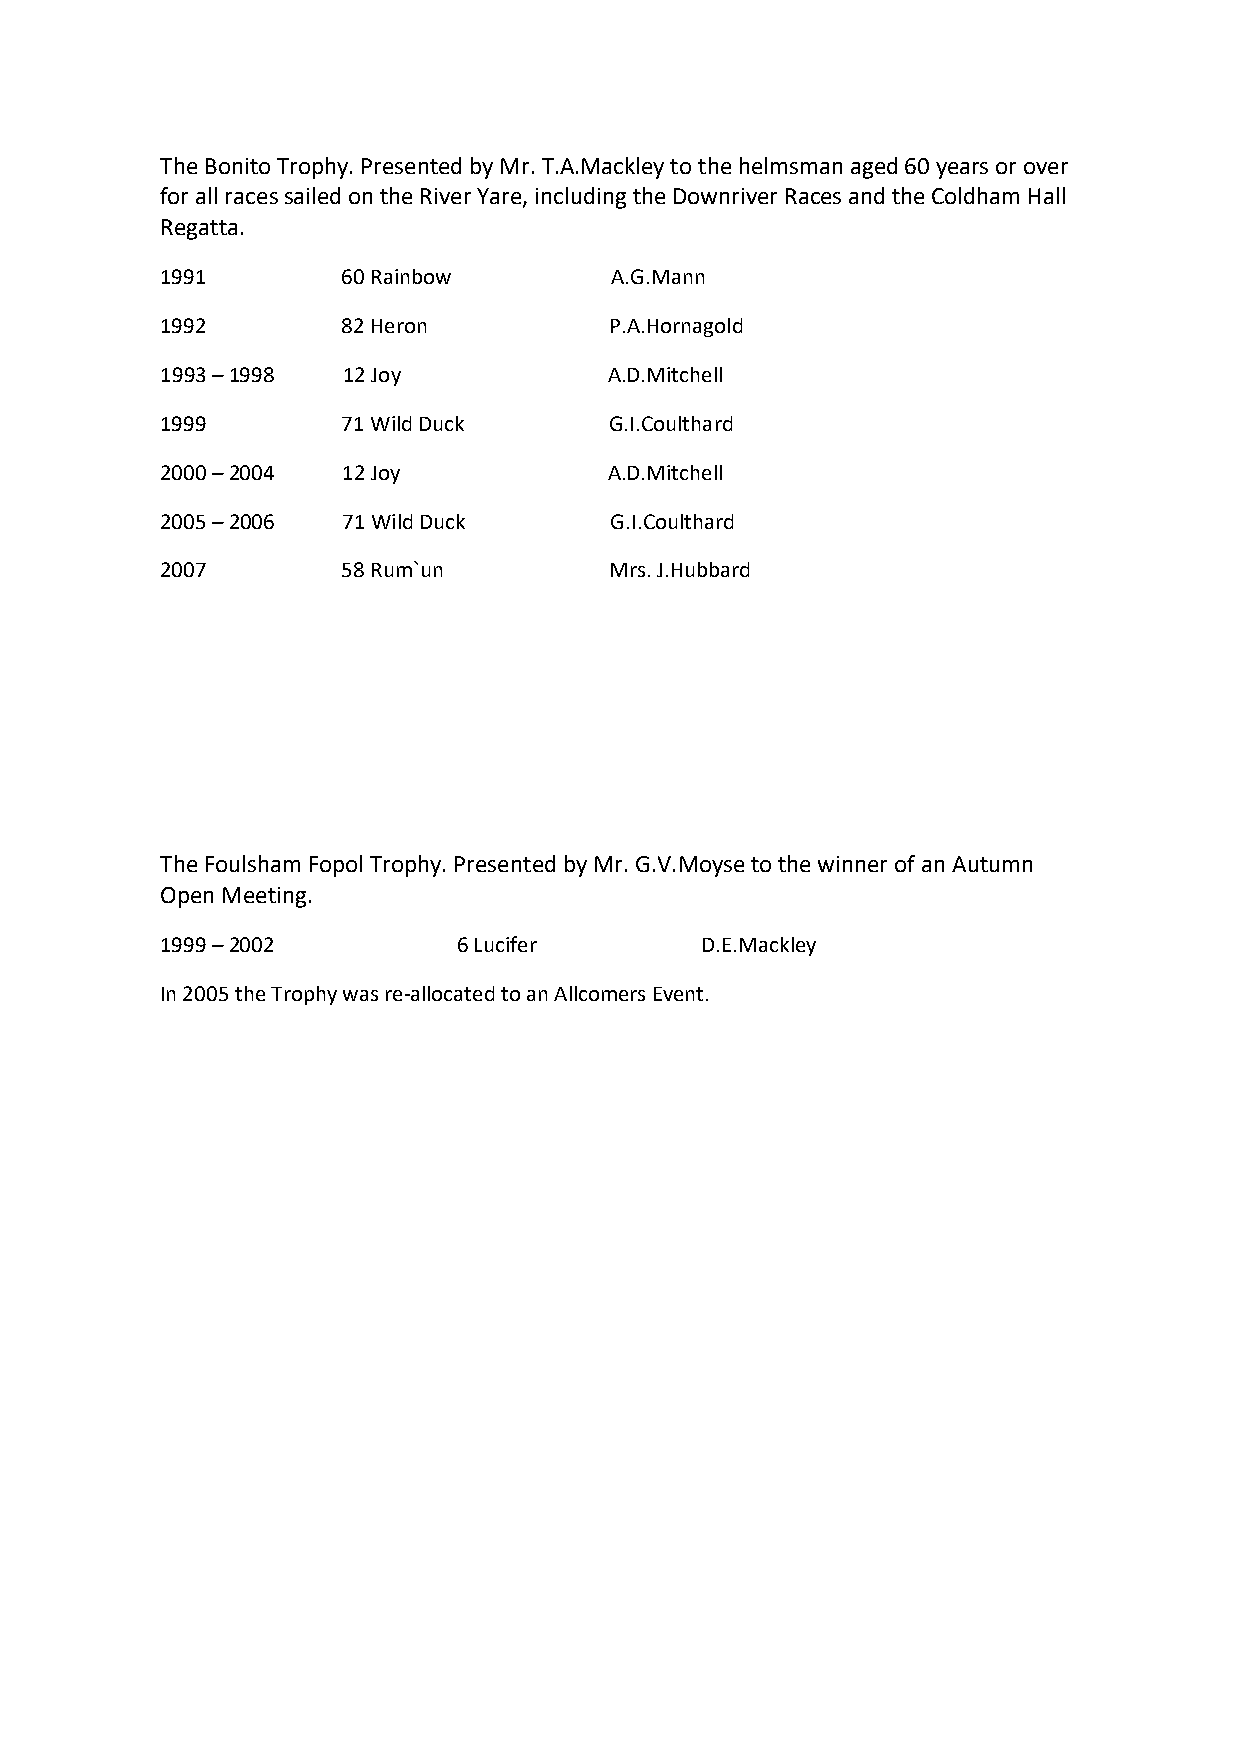
The Bonito Trophy. Presented by Mr. T.A.Mackley to the helmsman aged 60 years or over
 for all races sailed on the River Yare, including the Downriver Races and the Coldham Hall
 Regatta.
 1991        60 Rainbow        A.G.Mann
 1992        82 Heron         P.A.Hornagold
 1993 – 1998 12 Joy           A.D.Mitchell
 1999        71 Wild Duck     G.I.Coulthard
 2000 – 2004 12 Joy           A.D.Mitchell
 2005 – 2006 71 Wild Duck     G.I.Coulthard
 2007        58 Rum`un        Mrs. J.Hubbard
 The Foulsham Fopol Trophy. Presented by Mr. G.V.Moyse to the winner of an Autumn
 Open Meeting.
 1999 – 2002        6 Lucifer       D.E.Mackley
 In 2005 the Trophy was re-allocated to an Allcomers Event.